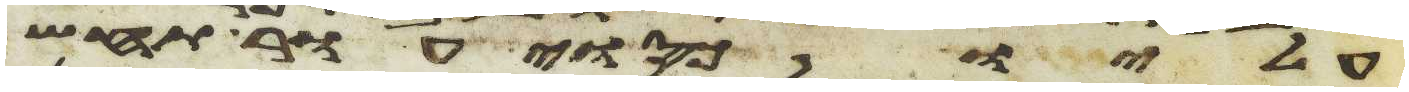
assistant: עליו כסוי עור תחש